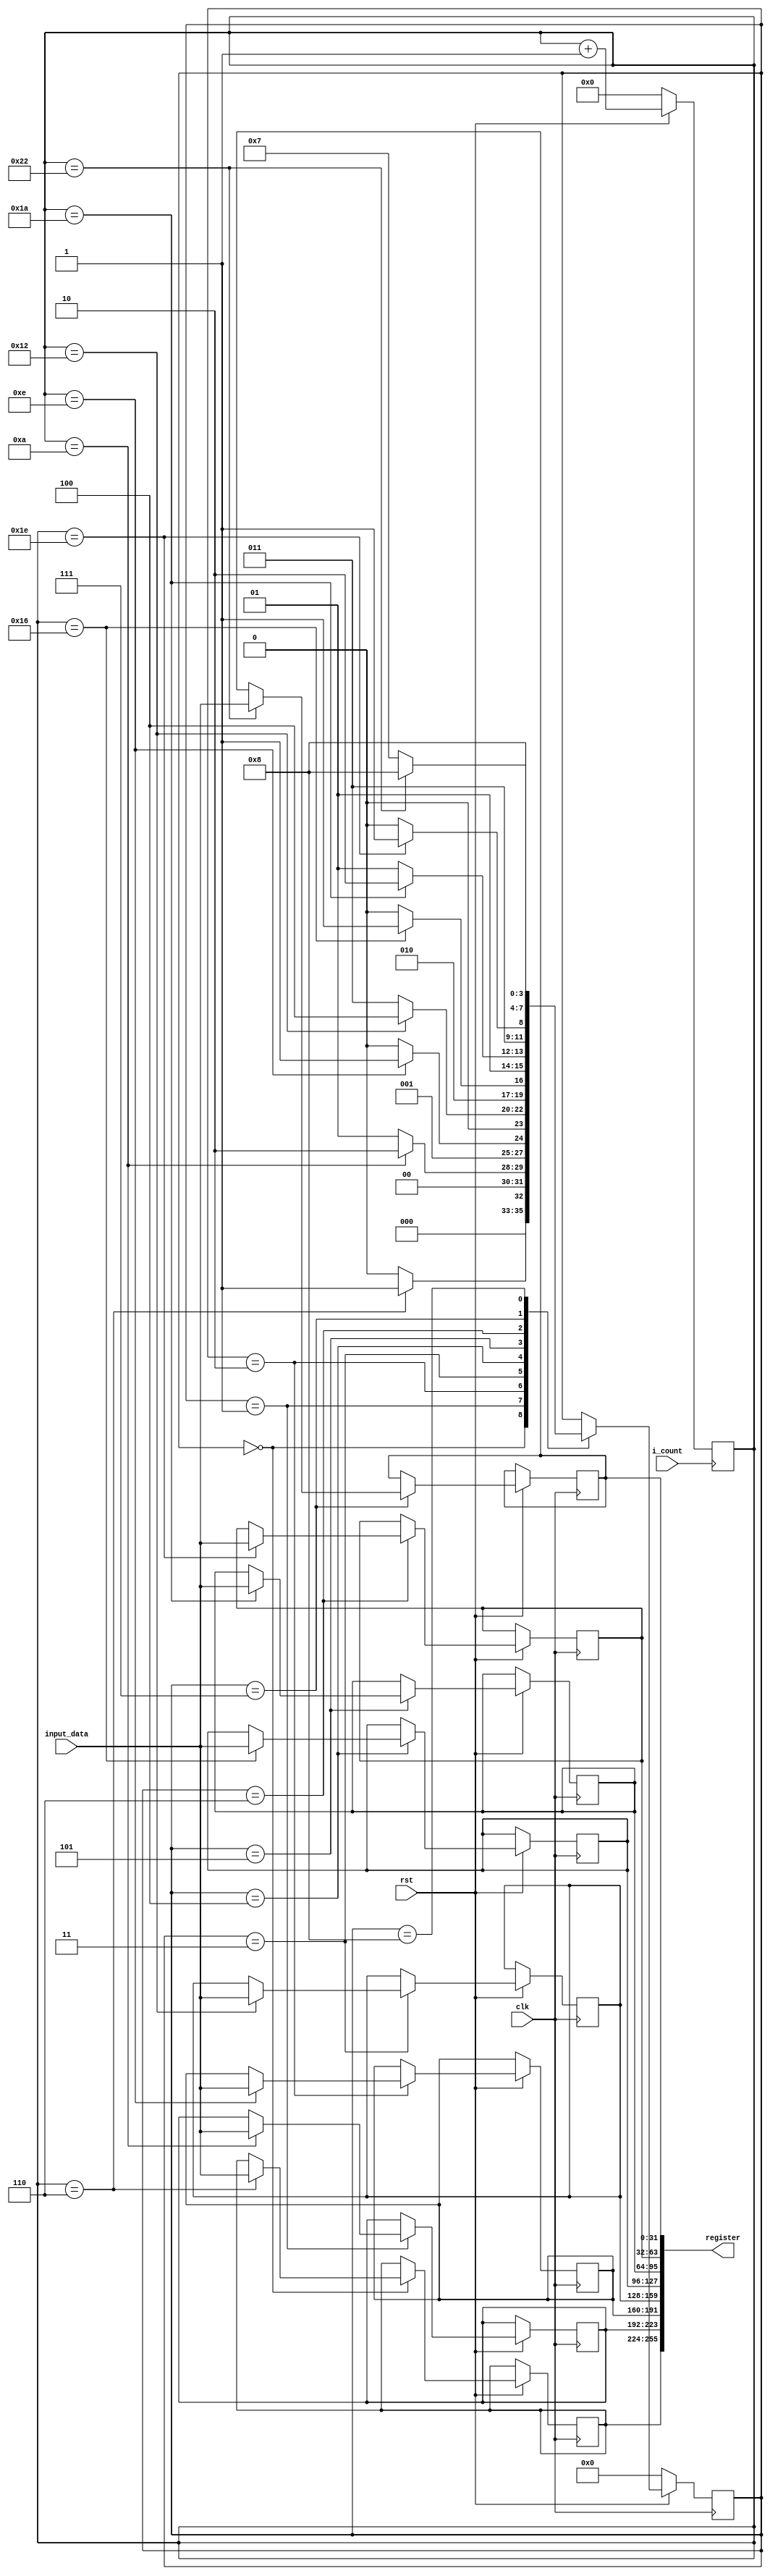

module Mux_8x1(
  input clk,          // Clock signal
  input rst,              // Reset signal
  input [31:0] input_data,  // Input 32-bit data
  output [255:0] register ,  // Eight 32-bit registers
  input i_count 
  );

  
  reg [31:0] mem_reg [7:0] ;
  reg [7:0] input_data_count = 0;    // Counter to track input data index
  //reg [2:0] register_index = 0; // Counter to track register index
  reg [3:0] state = 0; 
  
  parameter f_data = 4'd0;
  parameter s_data = 4'd1;
  parameter t_data = 4'd2;
  parameter fo_data = 4'd3;
  parameter fi_data = 4'd4;
  parameter si_data = 4'd5;
  parameter se_data = 4'd6;
  parameter e_data = 4'd7;
  parameter stop_data = 4'd8;
  
  
  assign register = {mem_reg[0], mem_reg[1], mem_reg[2], mem_reg[3], mem_reg[4], mem_reg[5], mem_reg[6], mem_reg[7]} ;
  
always @(posedge i_count) begin
    if(~rst) begin
        input_data_count <= 0;
    end
    
    else
        input_data_count <= input_data_count + 1;
           
        
  /* if (input_data_count == 3) begin
        input_data_count <= 1;
    end*/
end

always@(posedge clk)
begin

    if(~rst)
      state <= f_data;
      
    else begin
        case (state)
           f_data : begin 
             if(input_data_count == 6) begin
                mem_reg[0] <= input_data;
                state <= s_data;
             end
             else
                state <= f_data;
           end
           
           s_data : begin
             if(input_data_count == 10) begin
                mem_reg[1] <= input_data;
                state <= t_data;
             end
             else
                state <= s_data;
           end
           
           t_data : begin
             if(input_data_count == 14) begin
                mem_reg[2] <= input_data;
                state <= fo_data;
             end
             else
                state <= t_data;
           end         
           
           fo_data : begin
             if(input_data_count == 18) begin
                mem_reg[3] <= input_data;
                state <= fi_data;
             end
             else
                state <= fo_data;
           end     
           
           fi_data : begin
             if(input_data_count == 22) begin
                mem_reg[4] <= input_data;
                state <= si_data;
             end
             else
                state <= fi_data;
           end
           
           si_data : begin
             if(input_data_count == 26) begin
                mem_reg[5] <= input_data;
                state <= se_data;
             end
             else
                state <= si_data;
           end
           
           se_data : begin
             if(input_data_count == 30) begin
                mem_reg[6] <= input_data;
                state <= e_data;
             end
             else
                state <= se_data;
           end
           
           e_data : begin
             if(input_data_count == 34) begin
                mem_reg[7] <= input_data;
                state <= stop_data;
             end
             else
                state <= e_data;
           end
           
           stop_data : begin
            state <= stop_data;
          end
          
       endcase
  end
end  

endmodule